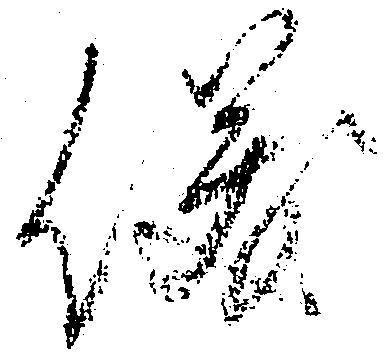
儀